Mental hospitals Bombay report 1929-33 - 1929-1933
Year: 1929
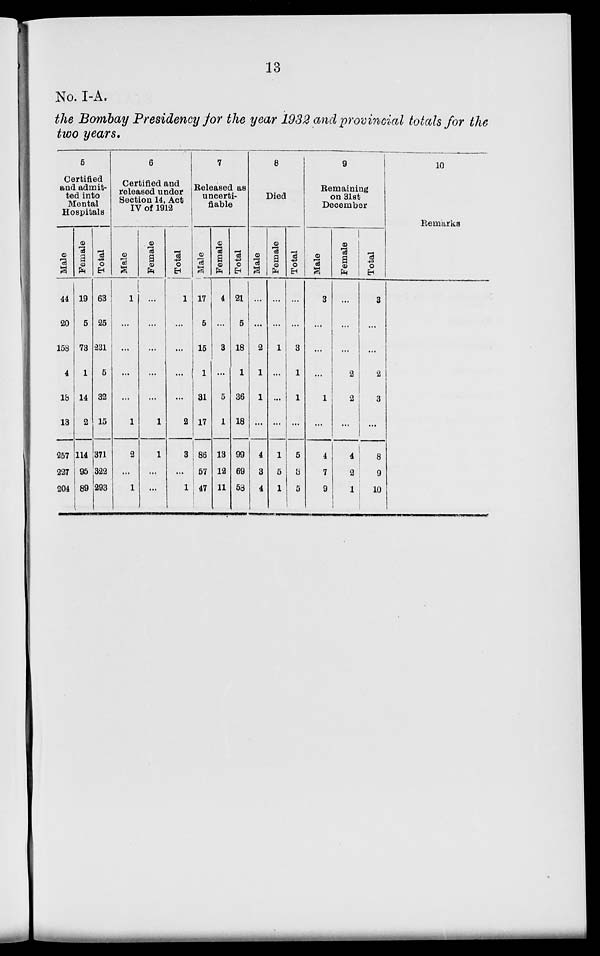
13
No. I-A.
the Bombay Presidency for the year 1932 and provincial totals for the
two years.
5
Certified
and admit-
ted into
Mental
Hospitals
Male
44
20
158
4
18
13
257
227
204
Female
19
5
73
1
14
2
114
95
89
Total
63
25
231
5
32
15
371
322
293
6
Certified and
released under
Section 14, Act
IV of 1912
Male
1
...
...
...
...
1
2
...
1
Female
...
...
...
...
...
1
1
...
...
Total
1
...
...
...
...
2
3
...
1
7
Released as
uncerti-
fiable
Male
17
5
15
1
31
17
86
57
47
Female
4
...
3
...
5
1
13
12
11
Total
...
5
18
1
36
18
99
69
53
8
Died
Male
...
...
2
1
1
...
4
3
4
Female
...
...
1
...
...
...
1
5
1
Total
...
...
3
1
1
...
5
8
5
9
Remaining
on 31st
December
Male
3
...
...
...
1
...
4
7
9
Female
...
...
...
2
2
...
4
2
1
Total
3
...
...
2
3
...
8
9
10
10
Remarks